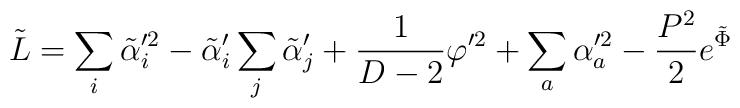
\tilde{L} = \sum_i \tilde\alpha_i^{\prime2} - \tilde\alpha_i'\sum_j\tilde\alpha_j'  + {1\over D-2} \varphi^{\prime2} + \sum_a \alpha_a^{\prime2} - {P^2 \over 2} e^{\tilde\Phi}